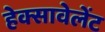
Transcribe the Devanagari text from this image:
हेक्सावेलेंट